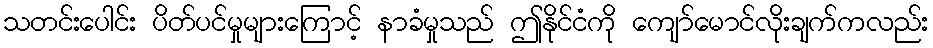
သတင်းပေါင်း ပိတ်ပင်မှုများကြောင့် နာခံမှုသည် ဤနိုင်ငံကို ကျော်မောင်လိုးချက်ကလည်း